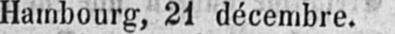
Hambourg, 21 décembre.